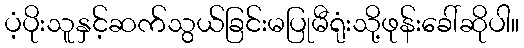
ပံ့ပိုးသူနှင့်ဆက်သွယ်ခြင်းမပြုမီရုံးသို့ဖုန်းခေါ်ဆိုပါ။